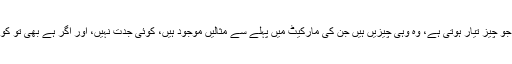
ہزاروں ایکڑ کی فیکٹری میں جو چیز تیار ہوتی ہے، وہ وہی چیزیں ہیں جن کی مارکیٹ میں پہلے سے مثالیں موجود ہیں، کوئی جدت نہیں، اور اگر ہے بھی تو کوئی ایسی نہیں کہ دنیا بدل دے۔